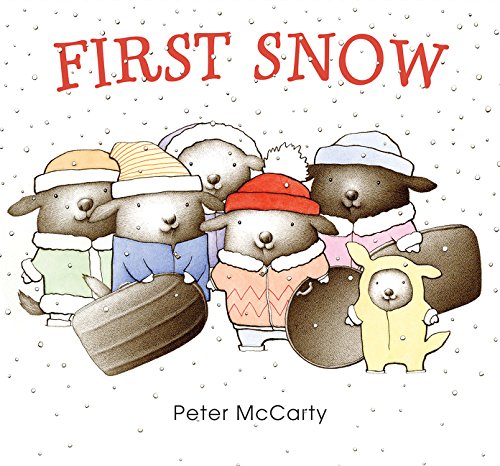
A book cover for First Snow; Peter McCarty; Children's Books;